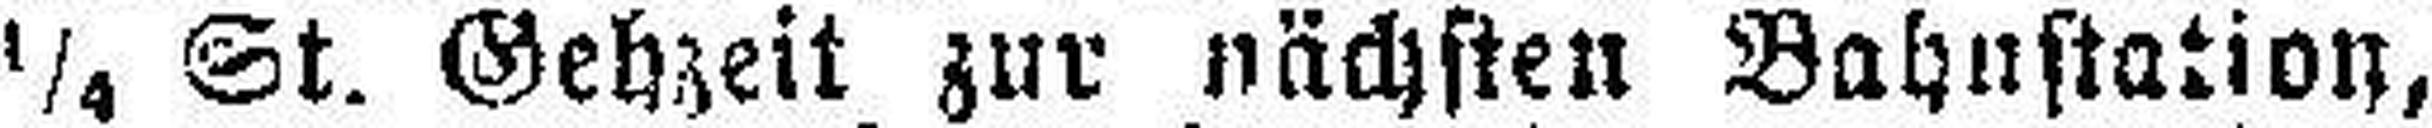
¼ St. Gehzeit zur nächsten Bahnstation,